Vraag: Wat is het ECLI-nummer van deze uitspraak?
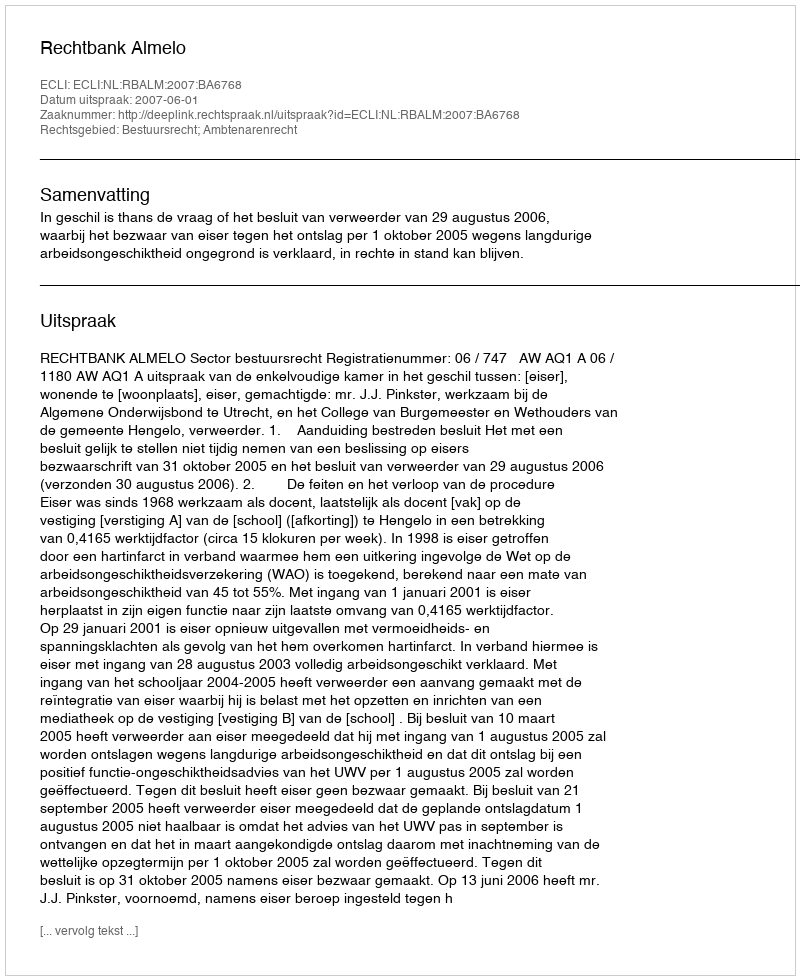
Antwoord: ECLI:NL:RBALM:2007:BA6768